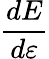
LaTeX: \frac{d{E}}{d{\varepsilon}}